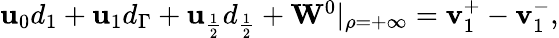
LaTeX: \begin{array}{r}{\mathbf{u}_{0}d_{1}+\mathbf{u}_{1}d_{\Gamma}+\mathbf{u}_{\frac{1}{2}}d_{\frac{1}{2}}+\mathbf{W}^{0}|_{\rho=+\infty}=\mathbf{v}_{1}^{+}-\mathbf{v}_{1}^{-},}\end{array}